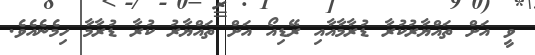
ވީ އަށް ތައްޔާރުކުރާ ޑުރާމާއާއި ރޭޑިއޯ އަށް ތައްޔާރު ކުރާ ޑުރާމާ ހިމެނެއެވެ.